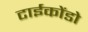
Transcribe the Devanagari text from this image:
टाईकोंडो